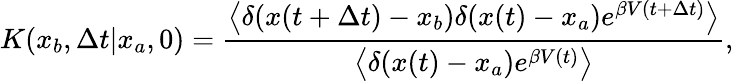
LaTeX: K(x_{b},\Delta t|x_{a},0)=\frac{\left<\delta(x(t+\Delta t)-x_{b})\delta(x(t)-x_{a})e^{\beta V(t+\Delta t)}\right>}{\left<\delta(x(t)-x_{a})e^{\beta V(t)}\right>},